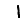
Digit: 1